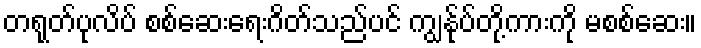
တရုတ်ပုလိပ် စစ်ဆေးရေးဂိတ်သည်ပင် ကျွန်ုပ်တို့ကားကို မစစ်ဆေး။